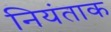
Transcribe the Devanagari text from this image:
नियंताक